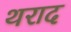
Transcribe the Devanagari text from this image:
थराद